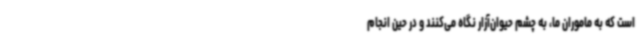
است که به ماموران ما، به چشم حیوان‌آزار نگاه می‌کنند و در حین انجام